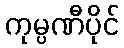
ကုမ္ပဏီပိုင်